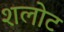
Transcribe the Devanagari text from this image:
शलोट